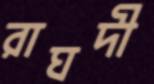
রাঘদী